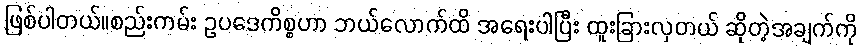
ဖြစ်ပါတယ်။စည်းကမ်း ဥပဒေကိစ္စဟာ ဘယ်လောက်ထိ အရေးပါပြီး ထူးခြားလှတယ် ဆိုတဲ့အချက်ကို